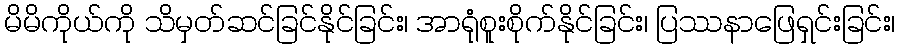
မိမိကိုယ်ကို သိမှတ်ဆင်ခြင်နိုင်ခြင်း၊ အာရုံစူးစိုက်နိုင်ခြင်း၊ ပြဿနာဖြေရှင်းခြင်း၊